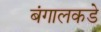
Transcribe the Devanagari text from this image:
बंगालकडे